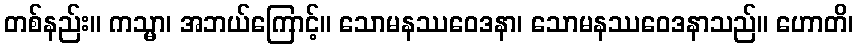
တစ်နည်း။ ကသ္မာ၊ အဘယ်ကြောင့်။ သောမနဿဝေဒနာ၊ သောမနဿဝေဒနာသည်။ ဟောတိ၊